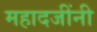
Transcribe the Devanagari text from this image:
महादजींनी